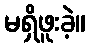
မရှိဖူးခဲ့။